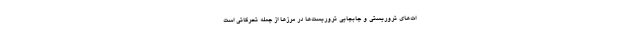
ات‌های تروریستی و جابجایی تروریست‌ها در مرزها از جمله تحرکاتی است